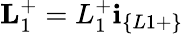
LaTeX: \textbf{L}_{1}^{+}=L_{1}^{+}\textbf{i}_{\{ L1+\} }